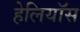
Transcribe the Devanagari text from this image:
हेलियॉस